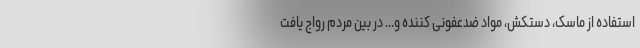
استفاده از ماسک، دستکش، مواد ضدعفونی کننده و... در بین مردم رواج یافت